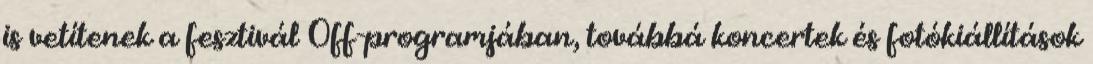
is vetítenek a fesztivál Off-programjában, továbbá koncertek és fotókiállítások